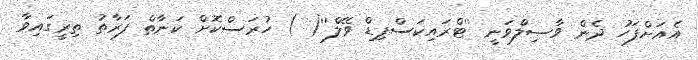
އެއަށްފަހު ދެން ވާޞިލްވަނީ ''ޓްރައިކަސްޕިޑް ވޭލް''( ) ހުރަސްކޮށް ކަނާތް ފަރާތު ތިރީގައިވާ